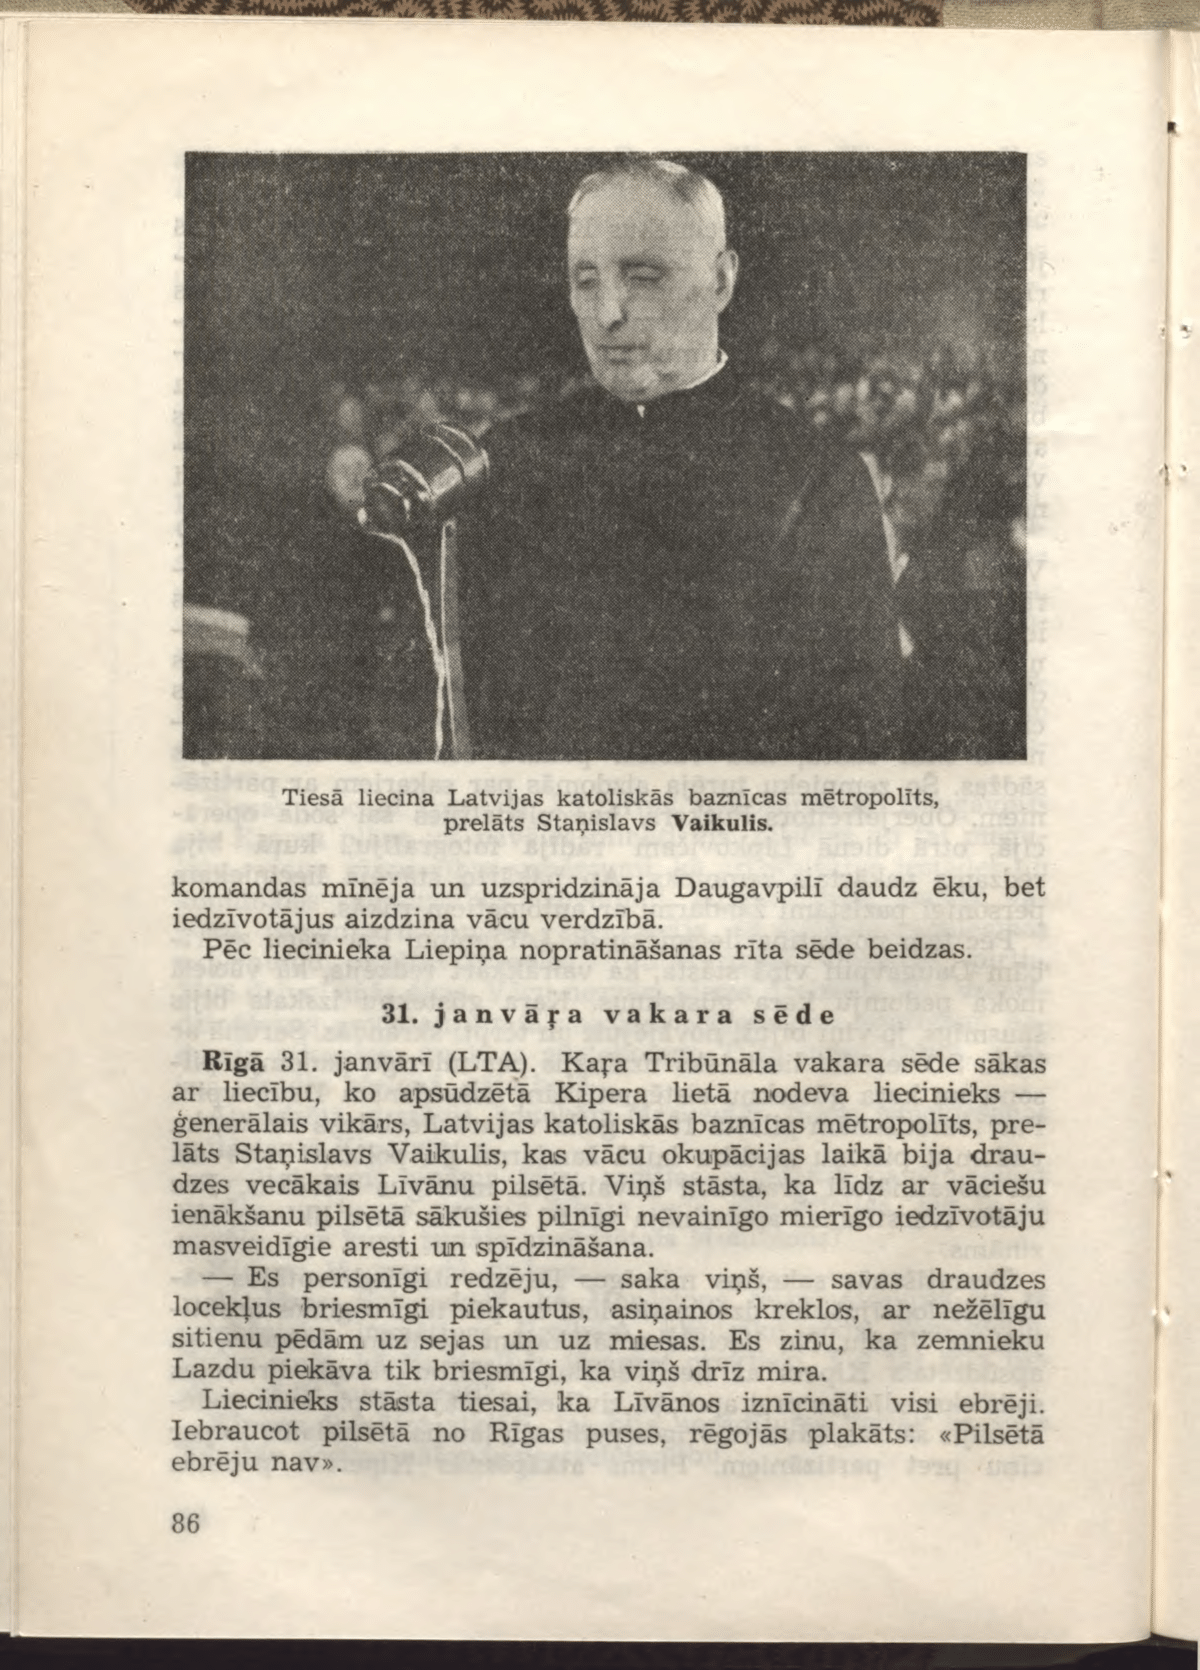
Language: lv